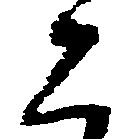
二